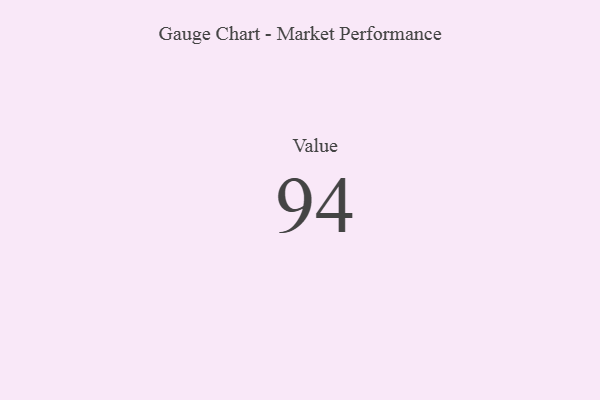
{"axis": {"x": "Metric", "y": "Value"}, "legend": [""], "data": [{"x": "Value", "y": 94, "type": ""}]}